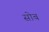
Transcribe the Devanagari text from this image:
सोब